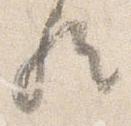
歟